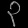
Digit: ၃